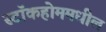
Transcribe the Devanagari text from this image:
स्टॉकहोममधील